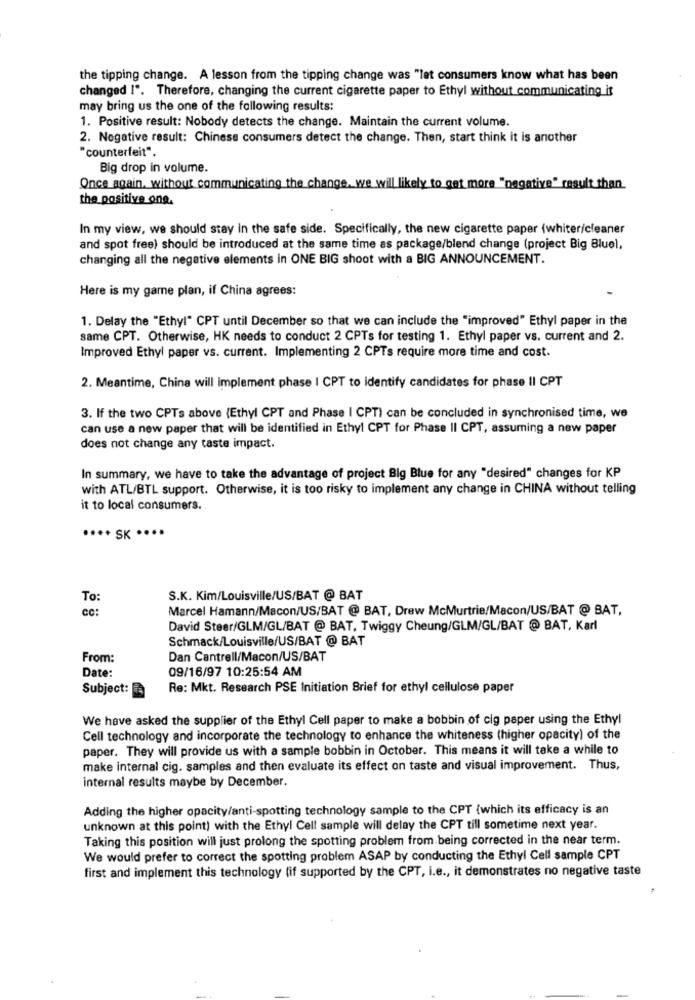
the tipping change. A lesson from the tipping change was "lat consumers know what has been
changed !". Therefore, changing the current cigarette paper to Ethyl without communicating it
may bring us the one of the following results:
1. Positive result: Nobody detects the change. Maintain the current volume.
2. Negative result: Chinese consumers detect the change. Then, start think it is another
"counterfeit".
Big drop in volume.
Once again, without communicating the change, we will likely to get more "negative" result than.
the positive one,
In my view, we should stay in the safe side. Specifically, the new cigarette paper (whiter/cleaner
and spot free) should be introduced at the same time as package/blend change (project Big Bluel,
changing all the negative elements in ONE BIG shoot with a BIG ANNOUNCEMENT.
Here is my game plan, if China agrees:
1. Delay the "Ethyl" CPT until December so that we can include the "improved" Ethyl paper in the
same CPT. Otherwise, HK needs to conduct 2 CPTs for testing 1. Ethyl paper vs. current and 2.
Improved Ethyl paper vs. current. Implementing 2 CPTs require more time and cost.
2. Meantime, China will implement phase I CPT to identify candidates for phase II CPT
3. If the two CPTs above (Ethyl CPT and Phase I CPT) can be concluded in synchronised time, we
can use a new paper that will be identified in Ethyl CPT for Phase II CPT, assuming a new paper
does not change any taste impact.
In summary, we have to take the advantage of project Big Blue for any "desired" changes for KP
with ATL/BTL support. Otherwise, it is too risky to implement any change in CHINA without telling
it to local consumers.
···· SK ····
To:
S.K. Kim/Louisville/US/BAT @ BAT
CC:
Marcel Hamann/Macon/US/BAT @ BAT, Drew McMurtrie/Macon/US/BAT @ BAT,
David Steer/GLM/GL/BAT @ BAT, Twiggy Cheung/GLM/GL/BAT @ BAT, Karl
Schmack/Louisville/US/BAT @ BAT
From:
Dan Cantrell/Macon/US/BAT
Date:
09/16/97 10:25:54 AM
Subject:
Re: Mkt. Research PSE Initiation Brief for ethyl cellulose paper
We have asked the supplier of the Ethyl Cell paper to make a bobbin of cig paper using the Ethyl
Cell technology and incorporate the technology to enhance the whiteness (higher opacity) of the
paper. They will provide us with a sample bobbin in October. This means it will take a while to
make internal cig. samples and then evaluate its effect on taste and visual improvement. Thus,
internal results maybe by December.
Adding the higher opacity/anti-spotting technology sample to the CPT {which its efficacy is an
unknown at this point) with the Ethyl Cell sample will delay the CPT till sometime next year.
Taking this position will just prolong the spotting problem from being corrected in the near term.
We would prefer to correct the spotting problem ASAP by conducting the Ethyl Cell sample CPT
first and implement this technology (if supported by the CPT, i.e ., it demonstrates no negative taste